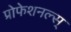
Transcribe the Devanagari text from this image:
प्रोफेशनल्स्